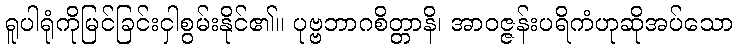
ရူပါရုံကိုမြင်ခြင်းငှါစွမ်းနိုင်၏။ ပုဗ္ဗဘာဂစိတ္တာနိ၊ အာဝဇ္ဇန်းပရိကံဟုဆိုအပ်သော